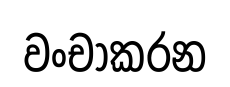
වංචාකරන